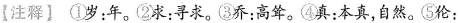
【注释】①\rightarrow岁：年。②\rightarrow求：寻求。③\rightarrow乔：高耸。④\rightarrow真：本真，自然。⑤\rightarrow伦：